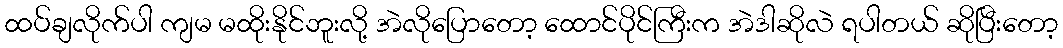
ထပ်ချလိုက်ပါ ကျမ မထိုးနိုင်ဘူးလို့ အဲလိုပြောတော့ ထောင်ပိုင်ကြီးက အဲဒါဆိုလဲ ရပါတယ် ဆိုပြီးတော့